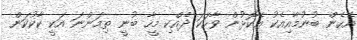
އެހެން ބުނުމާއިއެކު އެކޮޅުން ވާހަކަ ދެއްކި މީހާ ބުނީ ތިމަންނަ އަކީ ކާކުކަން